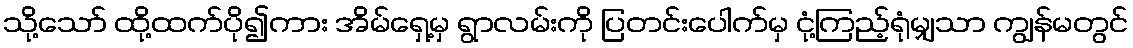
သို့သော် ထို့ထက်ပို၍ကား အိမ်ရှေ့မှ ရွာလမ်းကို ပြတင်းပေါက်မှ ငုံ့ကြည့်ရုံမျှသာ ကျွန်မတွင်